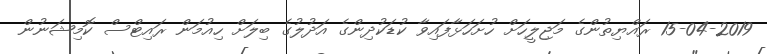
15-04-2019 ރައްޔިތުންގެ މަޖިލީހަށް ހުށަހަޅާފައިވާ ކުޑަކުދިންގެ އަދުލުގެ ބިލަށް ހިއުމަން ރައިޓްސް ކޮމިޝަނުން